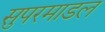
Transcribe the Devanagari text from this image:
सुपरमाडल